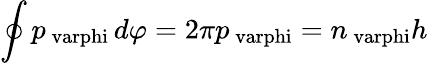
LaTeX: \oint p_{\mathrm{\ varphi}}\, d\varphi=2\pi p_{\mathrm{\ varphi}}=n_{\mathrm{\ varphi}}h